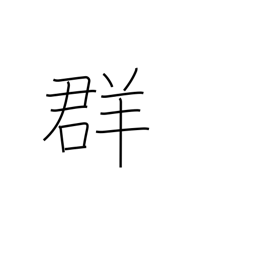
Meaning: flock